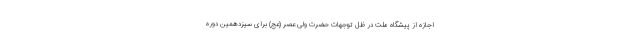
اجازه از پیشگاه ملت در ظل توجهات حضرت ولی عصر (عج) برای سیزدهمین دوره